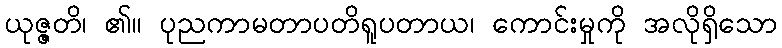
ယုဇ္ဇတိ၊ ၏။ ပုညကာမတာပတိရူပတာယ၊ ကောင်းမှုကို အလိုရှိသော